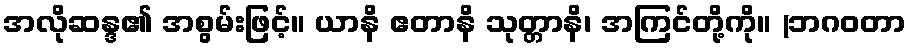
အလိုဆန္ဒ၏ အစွမ်းဖြင့်။ ယာနိ ဧတာနိ သုတ္တာနိ၊ အကြင်တို့ကို။ (ဘဂဝတာ